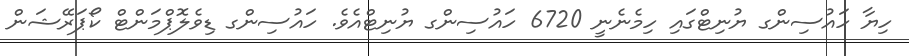
ހިޔާ ހައުސިންގ ޔުނިޓްގައި ހިމެނެނީ 6720 ހައުސިންގ ޔުނިޓްއެވެ. ހައުސިންގ ޑިވެލޮޕްމަންޓް ކޯޕަރޭޝަން